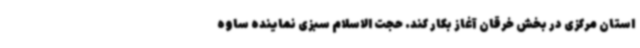
استان مرکزی در بخش خرقان آغاز بکار کند. حجت الاسلام سبزی نماینده ساوه